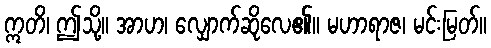
ဣတိ၊ ဤသို့။ အာဟ၊ လျှောက်ဆိုလေ၏။ မဟာရာဇ၊ မင်းမြတ်။